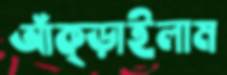
আঁক্‌ড়াইলাম